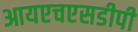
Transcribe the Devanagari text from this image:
आयएचएसडीपी